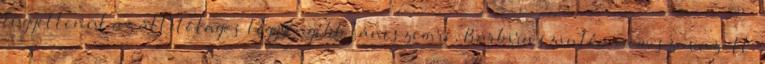
függetlenül az állítólagos leggyengébb láncszemre, Barbira szintén nem szavazott.